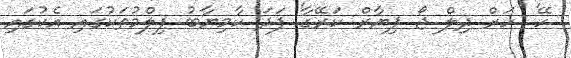
ހޭ' 'ހަރް ދިލް ޖޯ ޕިޔާރް ކަރޭގާ' ފަދަ ކާމިޔާބު ފިލްމުތަކުގައި އެކުގައި